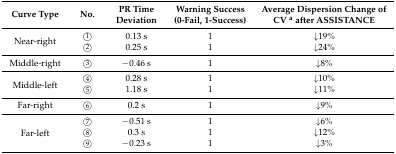
| Curve Type | No. | PR Time Deviation | Warning Success (0-Fail, 1-Success) | Average Dispersion Change of CV a after ASSISTANCE |
 | --- | --- | --- | --- | --- |
 | <ROWSPAN=2> Near-right | 1 | 0.13 s | 1 | ↓19% |
 | 2 | 0.25 s | 1 | ↓24% |
 | Middle-right | 3 | −0.46 s | 1 | ↓8% |
 | <ROWSPAN=2> Middle-left | 4 | 0.28 s | 1 | ↓10% |
 | 5 | 1.18 s | 1 | ↓11% |
 | Far-right | 6 | 0.2 s | 1 | ↓9% |
 | <ROWSPAN=3> Far-left | 7 | −0.51 s | 1 | ↓6% |
 | 8 | 0.3 s | 1 | ↓12% |
 | 9 | −0.23 s | 1 | ↓3% |